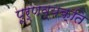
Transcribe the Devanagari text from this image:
पूर्णव्यक्ति